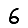
Digit: 6